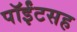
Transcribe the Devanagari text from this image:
पॉईंटसह